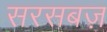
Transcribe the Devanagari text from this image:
सरसबज़